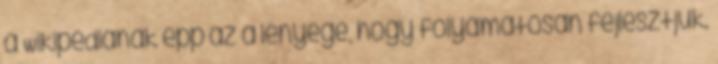
a Wikipédiának épp az a lényege, hogy folyamatosan fejlesztjük.